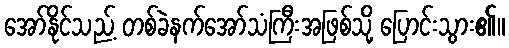
အော်နိုင်သည့် တစ်ခဲနက်အော်သံကြီးအဖြစ်သို့ ပြောင်းသွား၏။